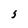
Character: 5